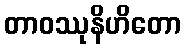
တာဝဿုနိဟိတော